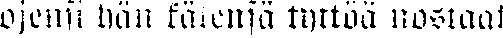
ojensi hän kätensä tyttöä nostaak